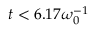
t < 6 . 1 7 \omega _ { 0 } ^ { - 1 }